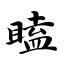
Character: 瞌